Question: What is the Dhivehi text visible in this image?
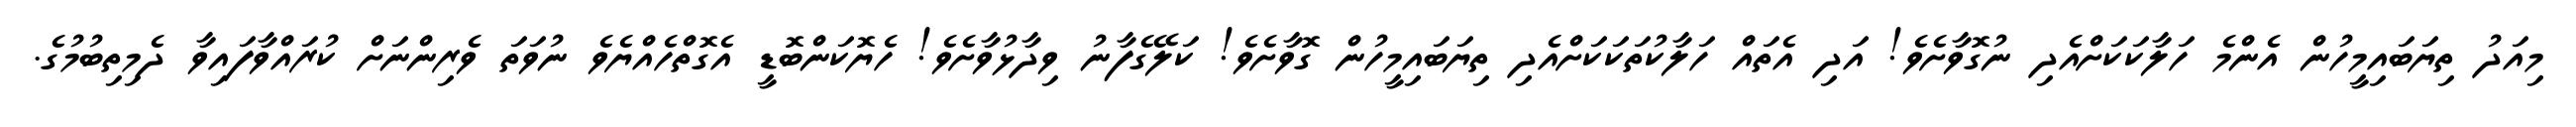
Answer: މިއަދު ތިޔަބައިމީހުން އެންމެ ހަލާކަކަށްއެދި ނުގޮވާށެވެ! އަދި އެތައް ހަލާކުތަކަކަށްއެދި ތިޔަބައިމީހުން ގޮވާށެވެ! ކަލޭގެފާނު ވިދާޅުވާށެވެ! ހެޔޮކަންބޮޑީ އެގޮތްހެއްޔެވެ ނުވަތަ ވެރިންނަށް ކުރައްވާފައިވާ ދެމިތިބުމުގެ.